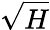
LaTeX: \sqrt{H}